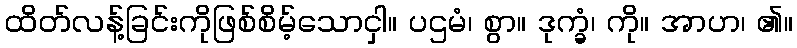
ထိတ်လန့်ခြင်းကိုဖြစ်စိမ့်သောငှါ။ ပဌမံ၊ စွာ။ ဒုက္ခံ၊ ကို။ အာဟ၊ ၏။